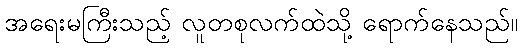
အရေးမကြီးသည့် လူတစုလက်ထဲသို့ ရောက်နေသည်။